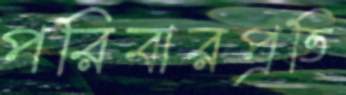
পরিবারপ্রতি